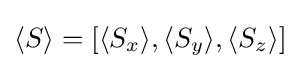
{\textstyle \langle S\rangle =[\langle S_{x}\rangle ,\langle S_{y}\rangle ,\langle S_{z}\rangle ]}